Plague in India, 1896, 1897 - Volume 3
Year: 1896
Disease focus: Plague
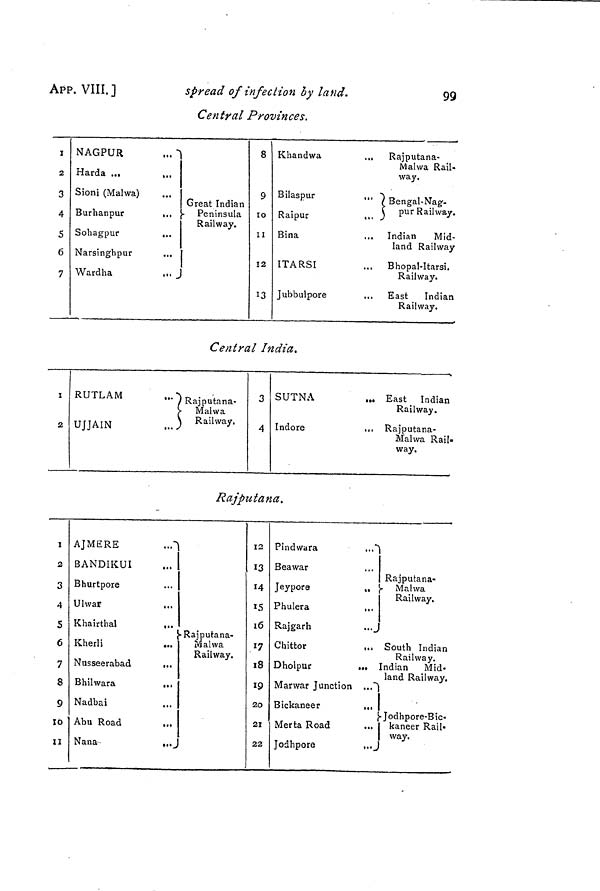
APP. VIII.]
spread of infection by land.
99
Central Provinces.
I
2
3
4
5
6
7
NAGPUR
...
Harda ...
...
Sioni (Malwa)
...
Burhanpur
...
Sohagpur
...
Narsinghpur
Wardha
...
Great Indian
Peninsula
Railway.
8
9
10
11
12
13
Khandwa
...
Bilaspur
...
Raipur
...
Bina
.,.
ITARSI
Jubbulpore
...
Rajputana-
Malwa Rail-
way.
Bengal-Nag
pur Railway.
Indian
Mid-
land Railway
Bhopal-Itarsi.
Railway.
East
Indian
Railway.
Central India.
I
2
RUTLAM
...
UJJAIN
,..
Rajputana-
Malwa
Railway.
3
4
SUTNA
Indore
East Indian
Railway.
Rajputana-
Malwa Rail-
way.
Rajputana.
1
2
3
4
S
6
7
8
9
10
11
AJMERE
BANDIKUI
Bhurtpore
Ulwar
...
Khairthal
Kherli
Nusseerabad
...
Bhilwara
...
Nadbai
...
Abu Road
,.,
Nana-
..
Rajputana-
Malwa
Railway.
12
13
14
15
16
17
18
19
20
21
22
Pindwara
...
Beawar
Jeypore
Phulera
,,.
Rajgarh
Chittor
Dholpur
...
Marwar Junction
..
Bickaneer
,.,
Merta Road
Jodhpore
j
Rajputana-
Malwa
Railway.
South Indian
Railway.
Indian
Mid-
land Railway.
• Jodhpore-Bic-
Ikaneer Rail-
way.